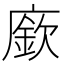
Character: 廞